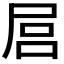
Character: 𡱶